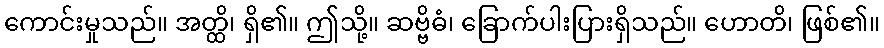
ကောင်းမှုသည်။ အတ္ထိ၊ ရှိ၏။ ဤသို့။ ဆဗ္ဗိဓံ၊ ခြောက်ပါးပြားရှိသည်။ ဟောတိ၊ ဖြစ်၏။